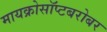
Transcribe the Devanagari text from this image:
मायक्रोसॉप्टबरोबर